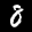
Label: 8